Lunatic asylums United Provinces 1909-1921 - 1909-1921
Year: 1909
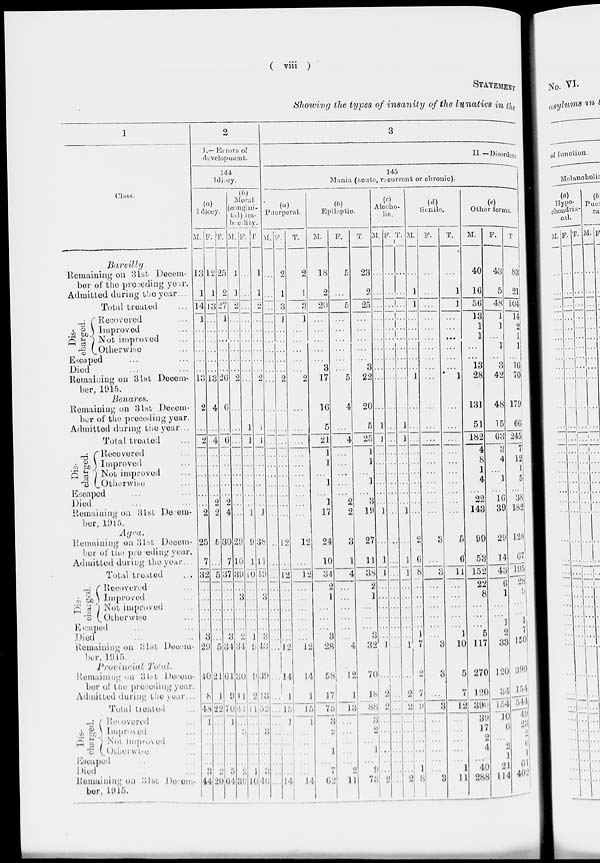
( viii )
STATEMENT
Showing the types of insanity of the lunatics in the
1
Class.
Bareilly
Remaining on 31st Decem-
ber of the preceding year.
Admitted during the year...
Total treated ...
Dis-
charged.
Recovered ...
Improved ...
Not improved
Otherwise
Escape ... ...
Died ... ...
Remaining on 31st Decem-
ber, 1915.
Benares.
Remaining on 31st Decem-
ber of the preceding year.
Admitted during the year. ...
Total treated ...
Dis-
charged.
Recovered ...
Improved ...
Not improved ...
Otherwise ...
Escaped ... ...
Died ... ...
Remaining on 31st Decem-
ber, 1915.
Agra.
Remaining on 31st Decem-
ber of the preceding year.
Admitted during the year...
Total treated ...
Dis-
charged.
Recovered ...
Improved ...
Not improved ...
Otherwise ...
Escaped ... ...
Died ... ...
Remaining on 31st Decem-
ber, 1915.
Provincial
Total
Remaining on 31st Decem-
ber of the preceding year.
Admitted during the year...
Total treated ...
Dis-
charged.
Recovered
Improved
Not improved
Otherwise
Escaped ... ...
Died ... ...
Remaining on 31st Decem-
ber, 1915.
2
I.— Errors of
development.
144
Idiocy.
(a)
Idiocy.
M.
13
1
14
1
...
...
...
...
...
13
2
...
2
...
...
...
...
...
...
2
25
7
32
...
...
...
...
...
3
29
40
8
48
1
...
...
...
...
3
44
F.
12
1
13
...
...
...
...
...
...
13
4
...
4
...
...
...
...
...
2
2
5
...
5
...
...
...
...
...
...
5
21
1
22
...
...
...
...
...
2
20
T.
25
2
27
1
...
...
...
...
...
26
6
...
6
...
...
...
...
...
2
4
30
7
37
...
...
...
...
...
3
34
61
9
70
1
...
...
...
...
5
64
Moral
(congini-
tal) im-
becelity.
M.
1
1
2
...
...
...
...
...
...
2
...
...
...
...
...
...
...
...
...
...
29
10
39
...
3
...
...
...
2
34
34
11
41
...
3
...
...
...
2
36
F.
...
...
...
...
...
...
...
...
...
...
...
1
1
...
...
...
...
...
...
1
9
1
10
...
...
...
...
...
1
9
9
2
11
...
...
...
...
...
1
10
T.
1
1
2
...
...
...
...
...
...
2
...
1
1
...
...
...
...
...
...
1
38
11
49
...
3
...
...
...
3
43
43
13
52
...
3
...
...
...
3
46
3
II.-Disorders
145
Mania (acute, recurrent or chronic).
(a)
Puerperal.
M.
...
...
...
...
...
...
...
...
...
...
...
...
...
...
...
...
...
...
...
...
...
...
...
...
...
...
...
...
...
...
...
...
...
...
...
...
...
...
...
...
F.
2
1
3
1
...
...
...
...
...
2
...
...
...
...
...
...
...
...
...
...
12
...
12
...
...
...
...
...
...
12
14
1
15
1
...
...
...
...
...
44
T.
2
1
3
1
...
...
...
...
...
2
...
...
...
...
...
...
...
...
...
...
12
...
12
...
...
...
...
...
...
12
14
1
15
1
...
...
...
...
...
44
(b)
Epileptic.
M.
18
2
20
...
...
...
...
...
3
17
16
5
21
1
1
...
1
...
1
17
24
10
34
2
1
...
...
...
3
28
58
17
75
3
2
...
1
...
7
62
F.
5
...
5
...
...
...
...
...
...
5
4
...
4
...
...
...
...
...
2
2
3
1
4
...
...
...
...
...
...
4
12
1
13
...
...
...
...
...
2
11
T.
23
2
25
...
...
...
...
...
3
22
20
5
25
1
1
...
1
...
3
19
27
11
38
2
1
...
...
...
3
32
70
18
88
3
2
...
1
...
9
73
(c)
Alocho-
lic.
M.
...
...
...
...
...
...
...
...
...
...
...
1
1
...
...
...
...
...
...
1
...
1
1
...
...
...
...
...
...
1
...
2
2
...
...
...
...
...
...
2
F.
...
...
...
...
...
...
...
...
...
...
...
...
...
...
...
...
...
...
...
...
...
...
...
...
...
...
...
...
...
...
...
...
...
...
...
...
...
...
...
...
T.
...
...
...
...
...
...
...
...
...
...
...
1
1
...
...
...
...
...
...
1
...
1
1
...
...
...
...
...
...
1
...
2
2
...
...
...
...
...
...
2
(d)
Senile.
M.
...
1
1
...
...
...
...
...
...
1
...
...
...
...
...
...
...
...
...
...
2
6
8
...
...
...
...
...
1
7
2
7
9
...
...
...
...
...
1
8
F.
...
...
...
...
...
...
...
...
...
...
...
...
...
...
...
...
...
...
...
...
3
...
3
...
...
...
...
...
...
3
3
...
3
...
...
...
...
...
...
3
T.
...
1
1
...
...
...
...
...
...
1
...
...
...
...
...
...
...
...
...
...
5
6
11
...
...
...
...
...
1
10
5
7
12
...
...
...
...
...
1
11
(e)
Other forms.
M.
40
16
56
13
1
1
...
...
13
28
131
51
182
4
8
1
4
...
22
143
99
53
152
22
8
...
...
...
5
117
270
120
390
39
17
2
4
...
40
288
F.
43
5
48
1
1
...
1
...
3
42
48
15
63
3
4
...
1
...
16
39
29
14
43
6
1
...
...
1
2
33
120
34
154
10
6
...
2
1
21
114
T.
83
21
104
14 2
1
1
...
16
70
179
66
245
7
12
1
5
...
38
182
128
67
195
28
9
...
...
1
7
150
390
154
544
49
23
2
6
1
61
402